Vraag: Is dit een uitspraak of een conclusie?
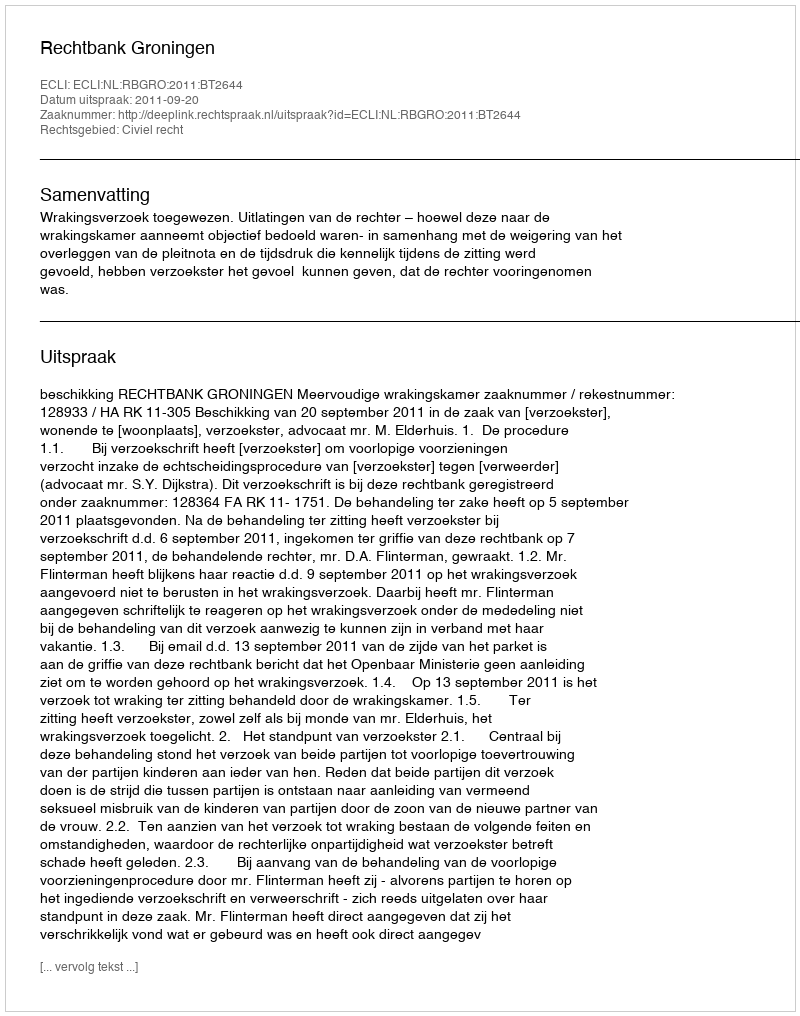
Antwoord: Uitspraak